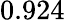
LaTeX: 0.924